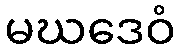
မဃဒေဝံ